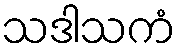
သဒါသကံ